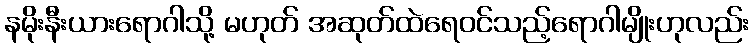
နမိုးနီးယားရောဂါသို့ မဟုတ် အဆုတ်ထဲရေဝင်သည့်ရောဂါမျိုးဟုလည်း